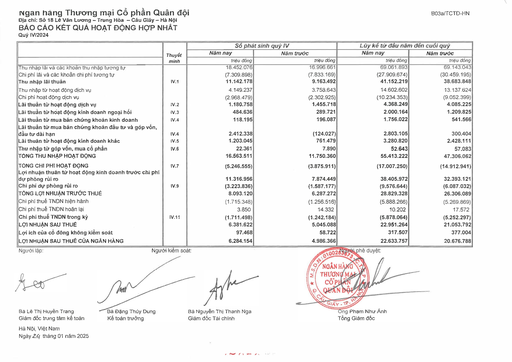
|||Số phát|sinh quý IV|Lũy kế từ đầu năm|đến cuối quý| |---|---|---|---|---|---| ||Thuyết|Năm nay|Năm trước|Năm nay|Năm trước| ||minh|triệu đồng|triệu đồng|triệu đồng|triệu đồng| |Thu nhập lãi và các khoản thu nhập tương tự||18.452.076|16.996.661|69.061.893|69.143.043| |Chi phí lãi và các khoản chi phí tương tự||(7.309.898)|(7.833.169)|(27.909.674)|(30.459.195)| |Thu nhập lãi thuần|IV.1|11.142.178|9.163.492|41.152.219|38.683.848| |Thu nhập từ hoạt động dịch vụ||4.149.237|3.758.643|14.602.602|13.137.624| |Chi phí hoạt động dịch vụ||(2.968.479)|(2.302.925)|(10.234.353)|(9.052.399)| |Lãi thuần từ hoạt động dịch vụ|IV.2|1.180.758|1.455.718|4.368.249|4.085.225| |Lãi thuần từ hoạt động kinh doanh ngoại hối|(V.3|484.636|289.721|2.000.164|1.209.825| |Lãi thuần từ mua bán chứng khoán kinh doanh|IV.4|118.195|196.087|1.756.022|541.566| |Lãi thuần từ mua bán chứng khoán đầu tư và góp vốn, đầu tư dài hạn|IV.4|2.412.338|(124.027)|2.803.105|300.404| |Lãi thuần từ hoạt động kinh doanh khác|IV.5|1.203.045|761.479|3.280.820|2.428.111| |Thu nhập từ góp vốn, mua cổ phần|IV.6|22.361|7.890|52.643|57.083| |TỔNG THU NHẬP HOẠT ĐỘNG||16.563.511|11.750.360|55.413.222|47.306.062| |TỔNG CHI PHÍ HOẠT ĐỘNG|IV.7|(5.246.555)|(3.875.911)|(17.007.250)|(14.912.941)| |Lợi nhuận thuần từ hoạt động kinh doanh trước chi phí dự phòng rủi ro||11.316.956|7.874.449|38.405.972|32.393.121| |Chi phí dự phòng rủi ro|IV.9|(3.223.836)|(1.587.177)|(9.576.644)|(6.087.032)| |TỔNG LỢI NHUẬN TRƯỚC THUẾ||8.093.120|6.287.272|28.829.328|26.306.089| |Chi phí thuế TNDN hiện hành||(1.715.348)|(1.256.516)|(5.888.266)|(5.269.869)| |Chi phí thuế TNDN hoãn lại||3.850|14.332|10.202|17.572| |Chi phí thuế TNDN trong kỳ|IV.11|(1.711.498)|(1.242.184)|(5.878.064)|(5.252.297)| |LỢI NHUẬN SAU THUẾ||6.381.622|5.045.088|22.951.264|21.053.792| |Lợi ích của cổ đông không kiểm soát||97.468|58.722|317.507|377.004| |LỢI NHUẬN SAU THUẾ CỦA NGÂN HÀNG||6.284.154|4.986.366|22.633.757|20.676.788|